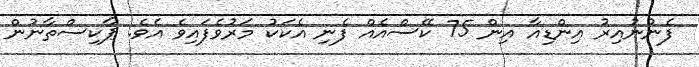
ފެނުނުއިރު އިންޑިއާ އިން 75 ކޭސްއެއް ފެނި އެކަކު މަރުވެފައިވެ އެވެ. ޕާކިސްތާނުން